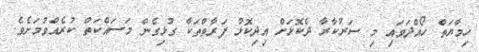
ހިމާޔަތް ހޯއްދަަވައި މި ސަރުކާރާ ދެކޮޅަށް އިދިކޮޅު ފަރާތްތަކާ ގުޅިގެން މަސައްކަތް ކުރެއްވުމަށެވެ.